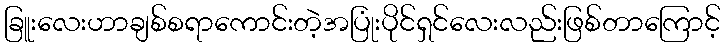
ခြူးလေးဟာချစ်စရာကောင်းတဲ့အပြုံးပိုင်ရှင်လေးလည်းဖြစ်တာကြောင့်